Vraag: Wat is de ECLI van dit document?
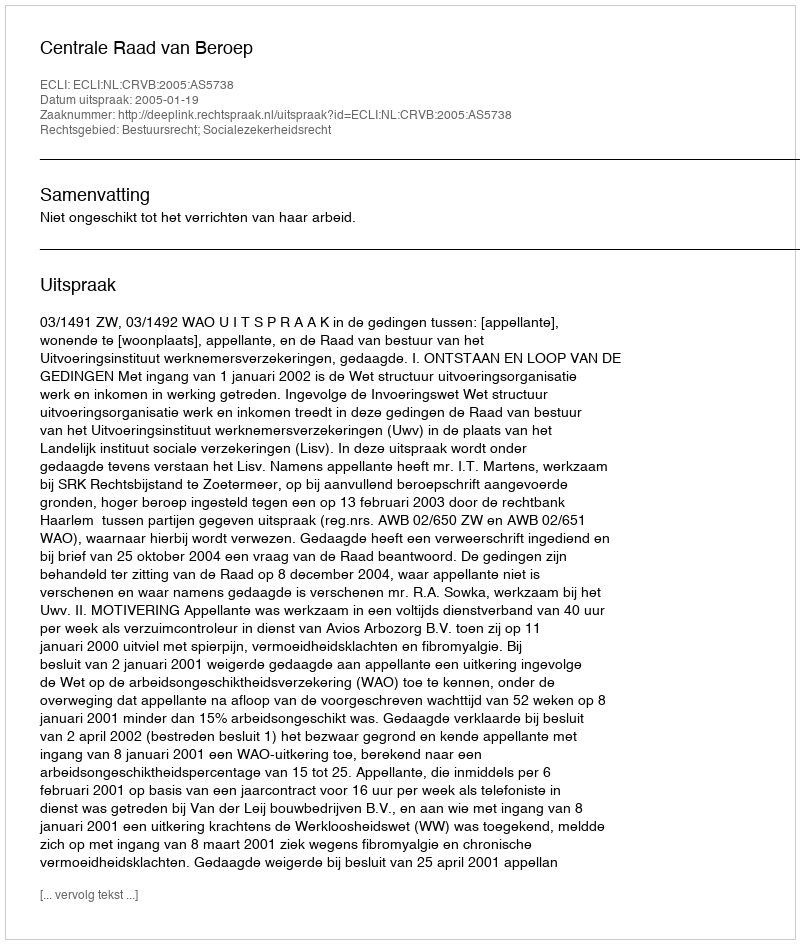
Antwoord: ECLI:NL:CRVB:2005:AS5738